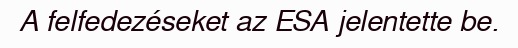
A felfedezéseket az ESA jelentette be.